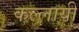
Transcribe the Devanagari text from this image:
कल्लायी